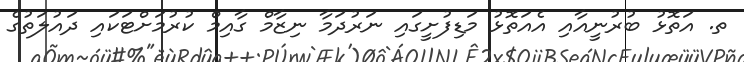
ތ. އަތޮޅު ބުރުނީއާއި އެއަތޮޅު މަޑިފުށީގައި ނަރުދަމާ ނިޒާމް ގާއިމް ކުރުމަށްޓަކައި ދައުލަތުގެ